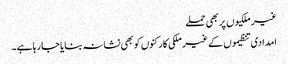
غیر ملکیوں پر بھی حملے
امدادی تنظیموں کے غیر ملکی کارکنوں کو بھی نشانہ بنایا جا رہا ہے۔